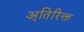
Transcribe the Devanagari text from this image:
अ्तिरिक्त